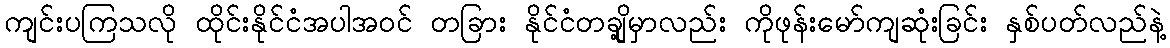
ကျင်းပကြသလို ထိုင်းနိုင်ငံအပါအဝင် တခြား နိုင်ငံတချို့မှာလည်း ကိုဖုန်းမော်ကျဆုံးခြင်း နှစ်ပတ်လည်နဲ့